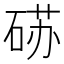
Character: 𰧈